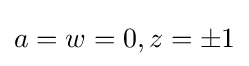
a=w=0,z=\pm 1